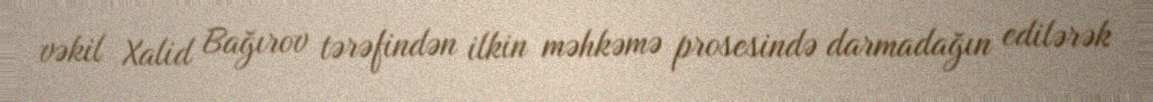
vəkil Xalid Bağırov tərəfindən ilkin məhkəmə prosesində darmadağın edilərək